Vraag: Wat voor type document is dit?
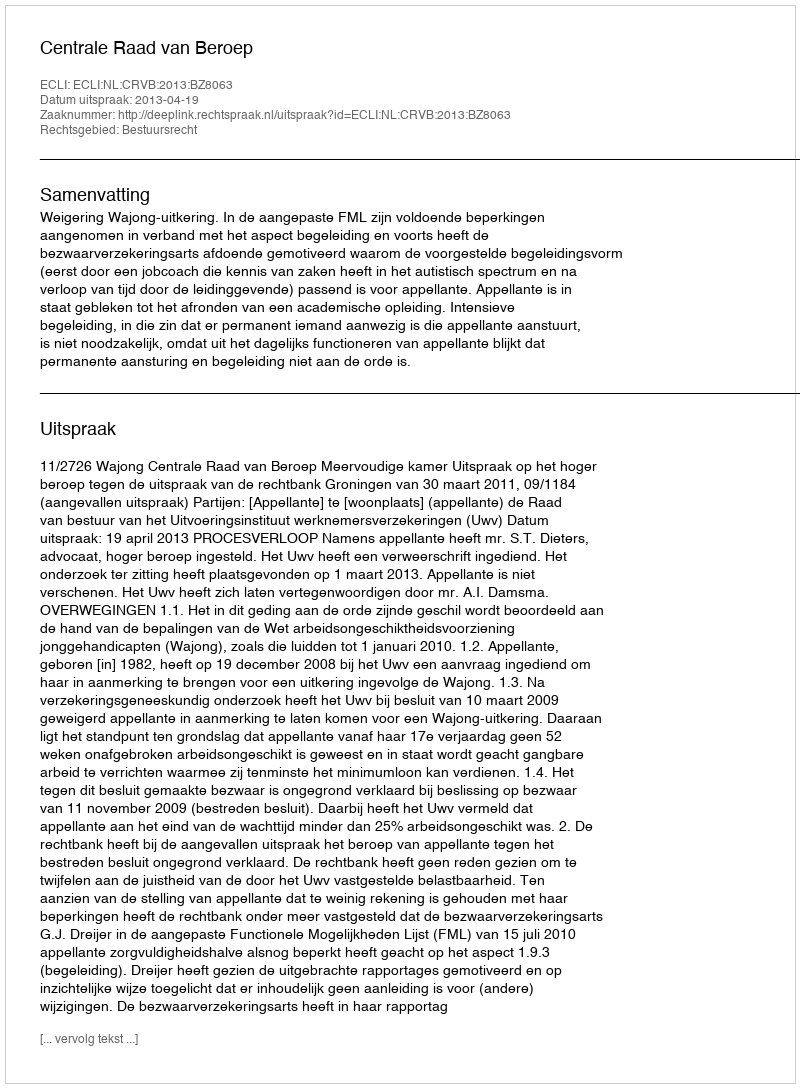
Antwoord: Uitspraak